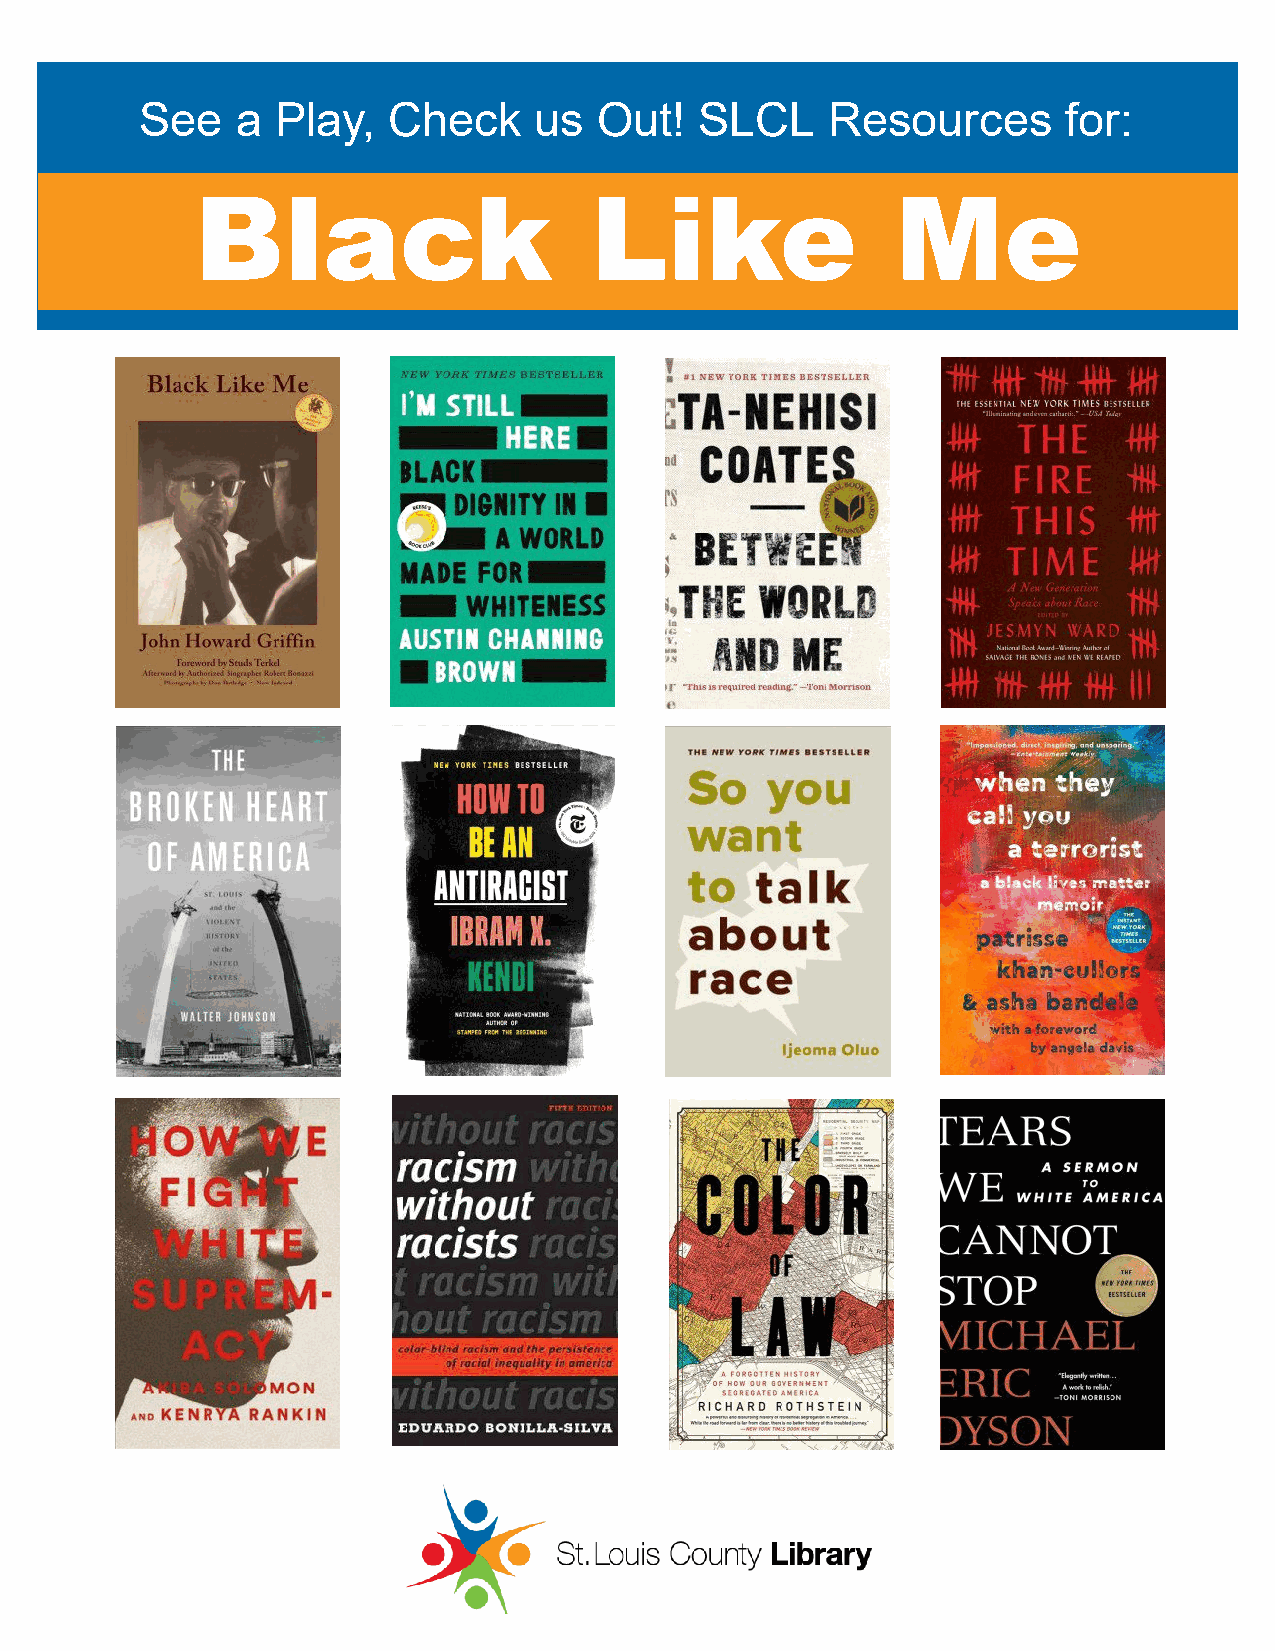
See    a Play,   Check    us   Out!  SLCL     Resources       for:
 Black                     Like                Me